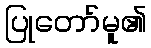
ပြုတော်မူ၏